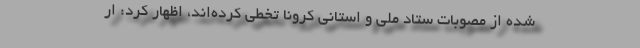
شده از مصوبات ستاد ملی و استانی کرونا تخطی کرده‌اند، اظهار کرد: ار